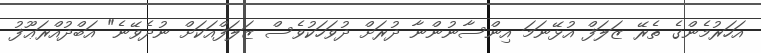
އަހަރުމެންގެ ތެރޭ ޒަލަފް އުޅޭނަމަ އިންސާނުންނާ ދުރަށް ދުވަހަކުވެސް ޒަލަފްއަކަށް ނުދެވޭނެ" އަބްދުއްރަޢޫފު